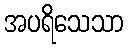
အပရိသေသာ